Indian journal of veterinary science and animal husbandry - Volumes 15-17, 1948-1951
Year: 1948
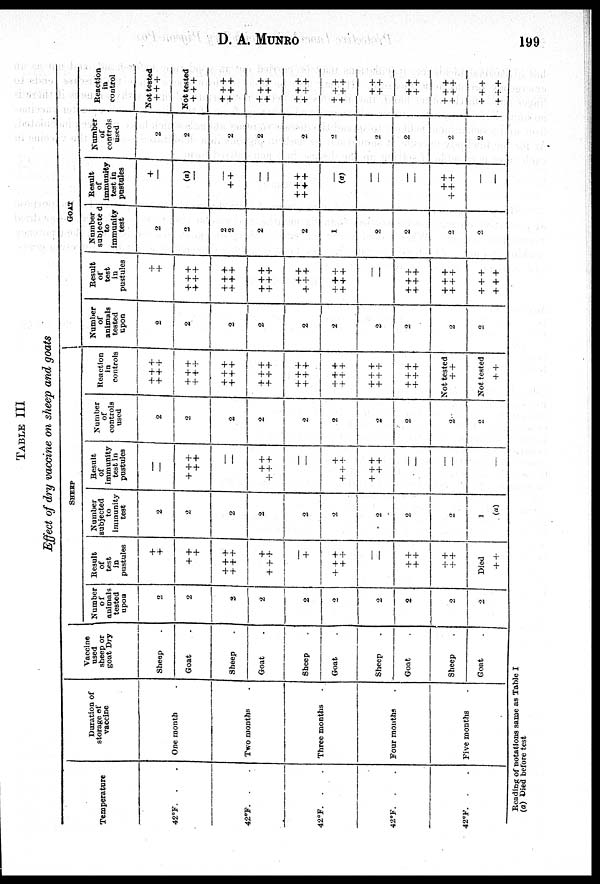
D.
A.
MUNRO
199
TABLE III
Effect of dry vaccine on sheep and goats
Temperature
42ºF.
.
42ºF. .
42ºF. .
42ºF. .
42ºF. .
Duration of
storage of
vaccine
One month
Two months
Three months
Four months
Five months
Vaccine
used
sheep or
goat Dry
Sheep .
Goat .
Sheep .
Goat .
Sheep .
Goat .
Sheep .
Goat
.
Sheep .
Goat .
SHEEP
Number
of
animals
tested
upon
2
2
2
2
2
2
2
2
2
2
Result
of
test
in
pustules
+
+
++
+
+++
+++
+
+++
+
+++
+ +
—
—
++
++
+ +
++
Died
++
Number
subjected
to
immunity
test
2
2
2
2
2
2
2
2
2
1
(a)
Result
of
immunity
test in
pustules
—
—
+++
++
—
—
++
+++
—
++
+++
+++
++
—
—
—
—
Number
of
controls
used
2
2
2
2
2
2
2
2
2
2
Reaction
in
controls
+++
+++
+++
+++
+++
+++
+++
+++
+++
+++
+++
+++
+++
+++
+++
+++
Not tested
++
Not tested
++
GOAT
Number
of
animals
tested
upon
2
2
2
2
2
2
2
2
2
2
Result
of
test
in
pustules
+
+
+++
+++
+++
+++
+++
+++
+ +
+++
+++
+++
—
+++
+++
+++
+++
+++
+++
Number
subjecte
to
immunity
test
2
2
2
2
2
2
1
2
2
2
2
Result
of
immunity
teat in
pustules
+
—
(a)
—
++
—
+++
+++
—
(a)
—
—
—
—
++
+++
—
—
Number
of
used
2
2
2
2
2
2
2
2
2
2
Reaction
in
control
Not tested
+++
Not tested
+++
+++
+++
+++
+++
+++
+++
+++
+++
++
++
++
++
+++
+++
+++
+++
Reading of notations same as Table I
(a) Died before test